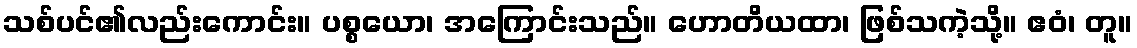
သစ်ပင်၏လည်းကောင်း။ ပစ္စယော၊ အကြောင်းသည်။ ဟောတိယထာ၊ ဖြစ်သကဲ့သို့။ ဧဝံ၊ တူ။